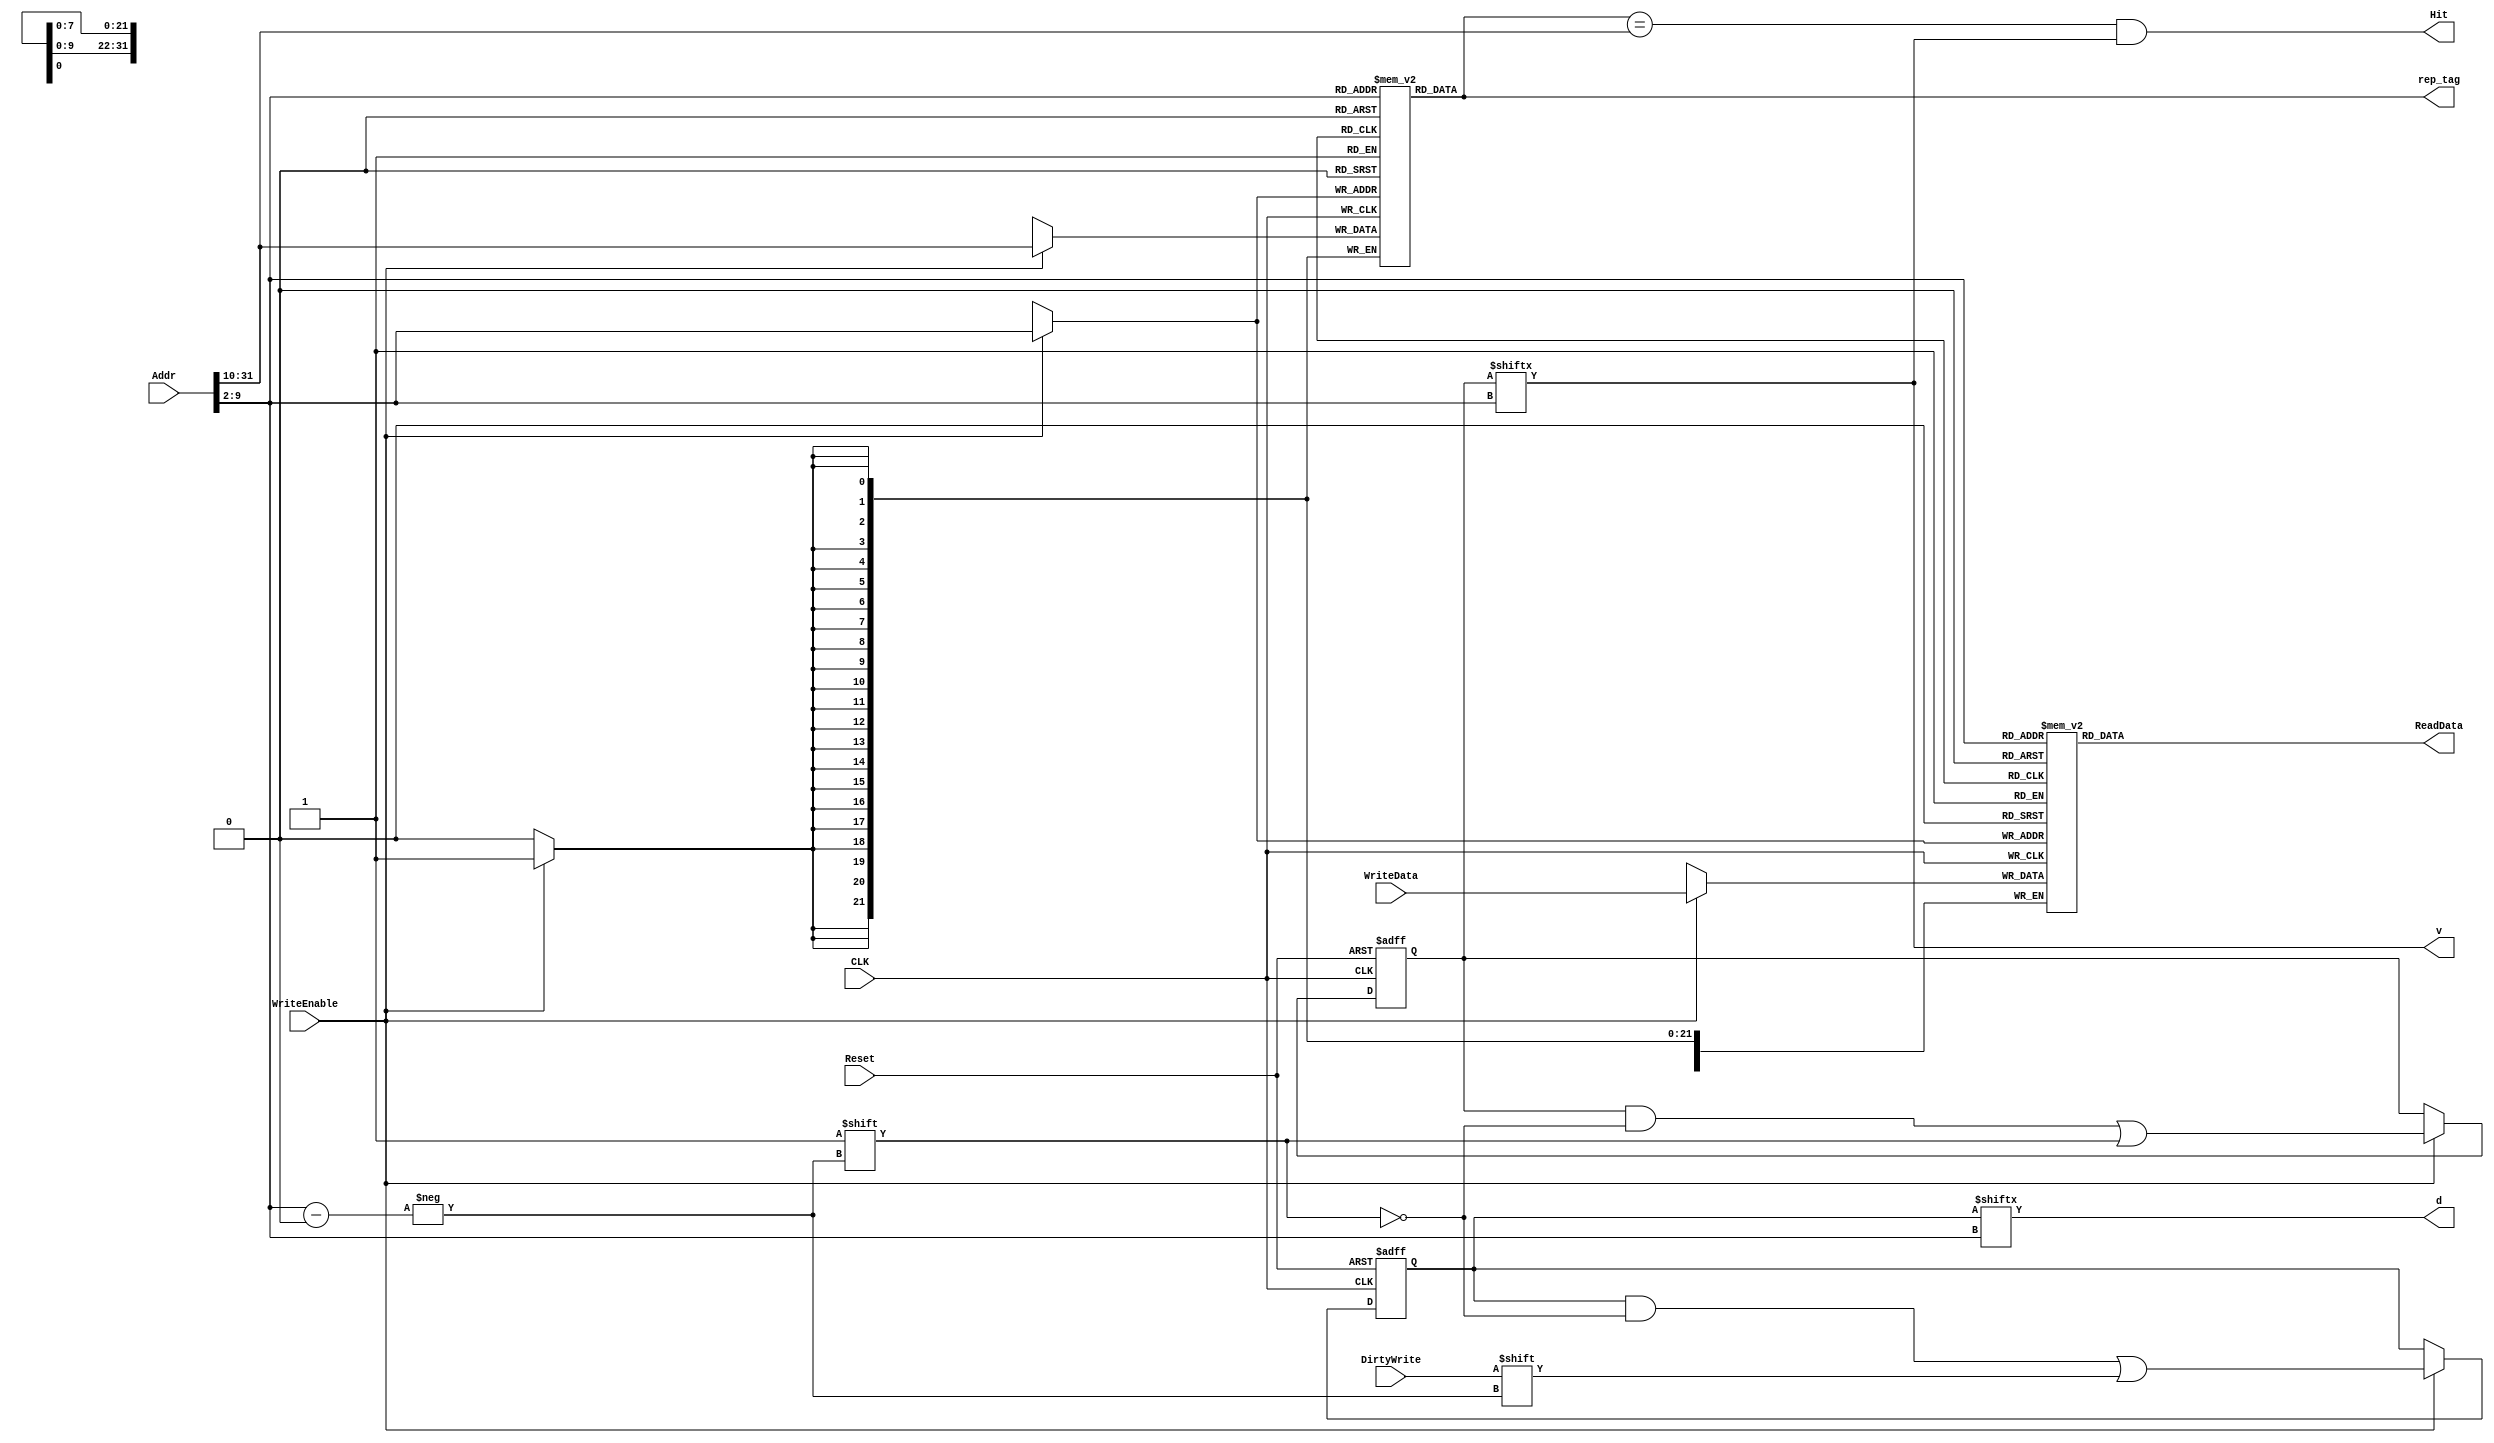
module Cache_1KB (
    input CLK,
    input Reset,
    input [31:0] Addr,
    input WriteEnable,
    input [31:0] WriteData,
    input DirtyWrite,
    output Hit,
    output v,
    output d,
    output [31:0] ReadData,
    output [21:0] rep_tag
    );
    
    wire [7:0] index;
    reg [255:0] V;
    reg [255:0] D;
    reg [31:0] DATA [0:255];
    reg [21:0] TAG  [0:255];


    integer i;

    initial begin
        V = 0;
        D = 0;
    end



    initial begin
        for (i = 0; i < 256; i = i + 1) begin
            DATA[i] = 0;
            TAG[i] = 0;
        end
    end


    always @(posedge CLK) begin
        if (WriteEnable) begin
            DATA[index] <= WriteData;
            TAG[index] <= Addr[31:10];
        end
    end


    always @(posedge CLK, posedge Reset) begin
        if (Reset) begin
            V <= 0;
            D <= 0;
        end
        else if (WriteEnable) begin
            V[index] <= 1;
            D[index] <= DirtyWrite;
        end
    end

    assign v = V[index];
    assign d = D[index];
    assign Hit = (TAG[index] == Addr[31:10]) & V[index];
    assign index = Addr[9:2];

    assign ReadData = DATA[index];
    assign rep_tag = TAG[index];
endmodule